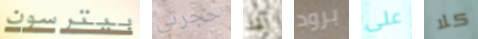
بيترسون حجرتي لقد برود على كلا